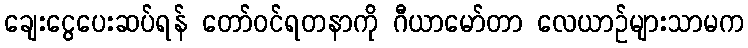
ချေးငွေပေးဆပ်ရန် တော်ဝင်ရတနာကို ဂီယာမော်တာ လေယာဉ်များသာမက